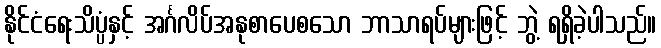
နိုင်ငံရေးသိပ္ပံနှင့် အင်္ဂလိပ်အနုစာပေစသော ဘာသာရပ်များဖြင့် ဘွဲ့ ရရှိခဲ့ပါသည်။